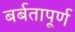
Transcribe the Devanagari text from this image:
बर्बतापूर्ण